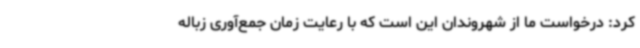
کرد: درخواست ما از شهروندان این است که با رعایت زمان جمع‌آوری زباله